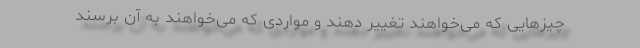
چیزهایی که می‌خواهند تغییر دهند و مواردی که می‌خواهند به آن برسند